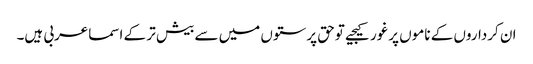
ان کرداروں کے ناموں پرغورکیجیے توحق پرستوں میں سے بیش تر کے اسماعربی ہیں۔